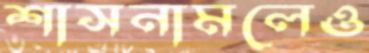
শাসনামলেও